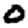
Digit: 0